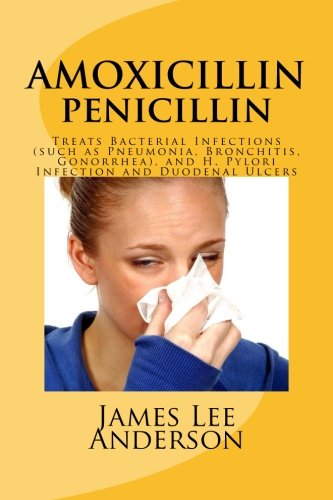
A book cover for AMOXICILLIN (Penicillin): Treats Bacterial Infections (such as Pneumonia, Bronchitis, Gonorrhea), and H. Pylori Infection and Duodenal Ulcers; James Lee Anderson; Health, Fitness & Dieting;